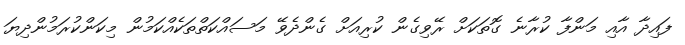
ފައިދާ އާއި މަންފާ ކުރާނެ ގޮތަކަށް ރޭވިގެން ކުރިއަށް ގެންދެވޭ މަސައްކަތްތަކެއްކަމުން މިކަންކުރަމުންދިޔަ